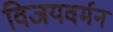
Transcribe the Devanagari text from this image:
विजयवर्मन